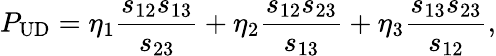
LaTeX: P_{\mathrm{UD}}=\eta_{1}\frac{s_{12}s_{13}}{s_{23}}+\eta_{2}\frac{s_{12}s_{23}}{s_{13}}+\eta_{3}\frac{s_{13}s_{23}}{s_{12}},